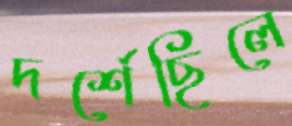
দর্শেছিলে